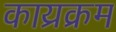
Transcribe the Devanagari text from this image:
काय्रक्रम